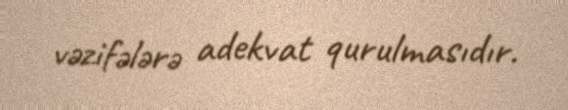
vəzifələrə adekvat qurulmasıdır.